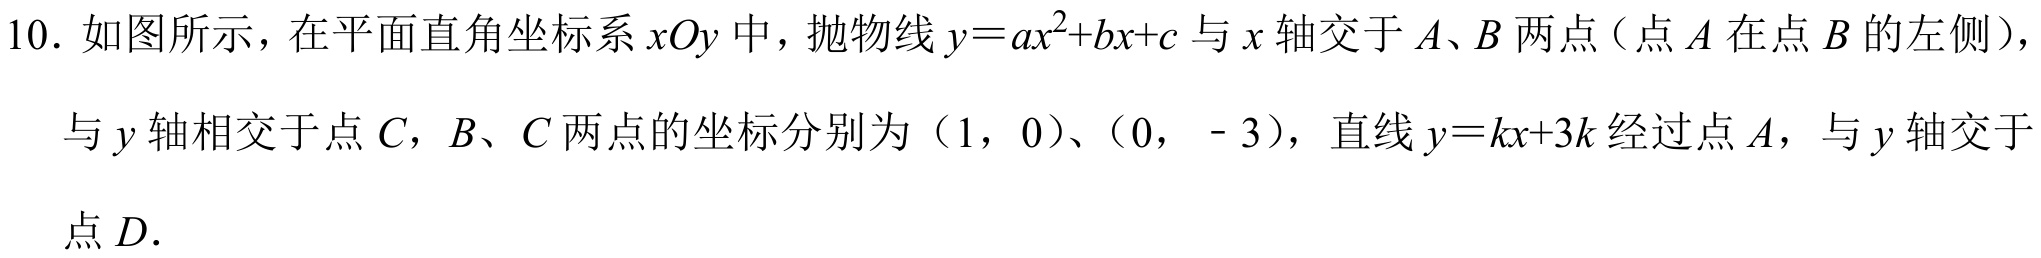
10. 如图所示，在平面直角坐标系\(xOy\)中，抛物线\(y = ax^{2}+bx + c\)与\(x\)轴交于\(A、B\)两点（点\(A\)在点\(B\)的左侧），与\(y\)轴相交于点\(C\)，\(B\)、\(C\)两点的坐标分别为\((1,0)\)、\((0, - 3)\)，直线\(y = kx + 3k\)经过点\(A\)，与\(y\)轴交于点\(D\)．